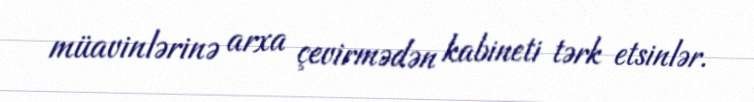
müavinlərinə arxa çevirmədən kabineti tərk etsinlər.